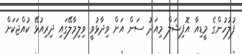
ފުލުހުންގެ މީޑިއާ އޮފިޝަލް މިއަދު ސަން އަށް ވިދާޅުވީ ވިލިމާލޭގައި ދިރިއުޅޭ ކުއްޖަކަށް